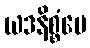
ယဒနိစ္စံပေ